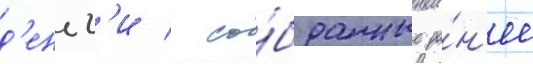
д'еньг'и / со́бранные ра́н'ее